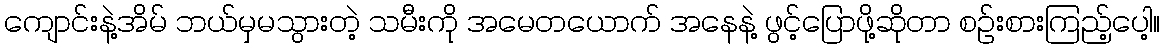
ကျောင်းနဲ့အိမ် ဘယ်မှမသွားတဲ့ သမီးကို အမေတယောက် အနေနဲ့ ဖွင့်ပြောဖို့ဆိုတာ စဉ်းစားကြည့်ပေါ့။